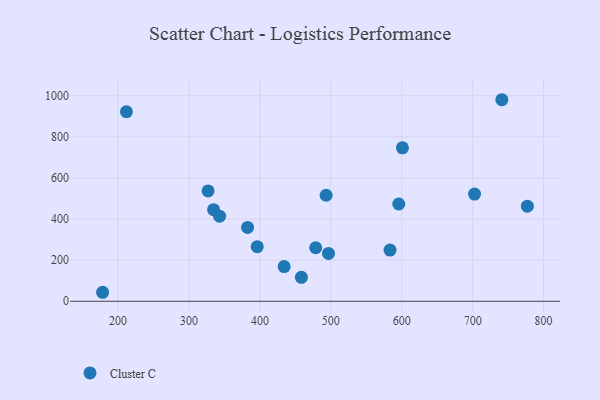
{"axis": {"x": "Ad Spend", "y": "Yield"}, "legend": ["Cluster C"], "data": [{"x": "741.2", "y": 980.4, "type": "Cluster C"}, {"x": "343.1", "y": 414.2, "type": "Cluster C"}, {"x": "178.2", "y": 43.8, "type": "Cluster C"}, {"x": "382.6", "y": 359.2, "type": "Cluster C"}, {"x": "396.2", "y": 265.7, "type": "Cluster C"}, {"x": "493.4", "y": 515.8, "type": "Cluster C"}, {"x": "211.8", "y": 922.0, "type": "Cluster C"}, {"x": "334.7", "y": 445.7, "type": "Cluster C"}, {"x": "702.7", "y": 521.3, "type": "Cluster C"}, {"x": "583.5", "y": 249.0, "type": "Cluster C"}, {"x": "458.5", "y": 116.7, "type": "Cluster C"}, {"x": "777.2", "y": 462.6, "type": "Cluster C"}, {"x": "434.2", "y": 168.6, "type": "Cluster C"}, {"x": "595.8", "y": 473.3, "type": "Cluster C"}, {"x": "601.0", "y": 746.3, "type": "Cluster C"}, {"x": "478.7", "y": 260.4, "type": "Cluster C"}, {"x": "496.7", "y": 232.6, "type": "Cluster C"}, {"x": "326.9", "y": 537.0, "type": "Cluster C"}]}